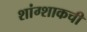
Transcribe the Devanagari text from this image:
शांग्शाकची